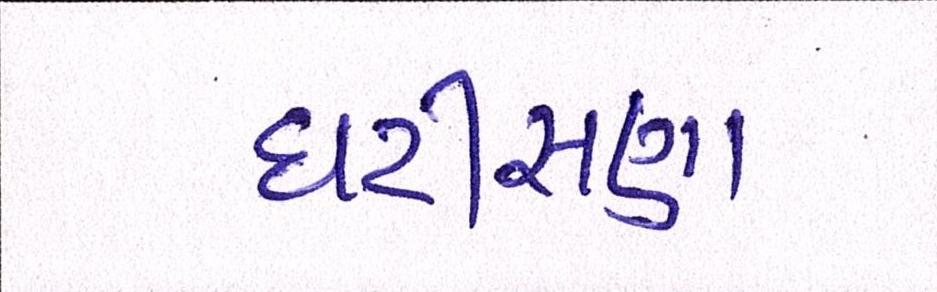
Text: ઘટીસણા